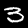
Digit: 3